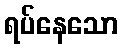
ရပ်နေသော